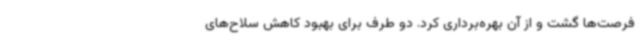
فرصت‌ها گشت و از آن بهره‌برداری کرد. دو طرف برای بهبود کاهش سلاح‌های